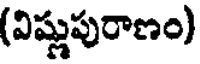
(విష్ణుపురాణం)